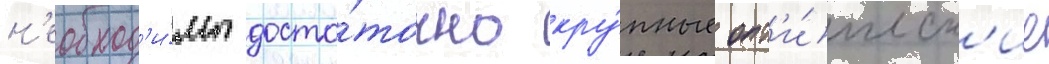
н'еобход'и́мы доста́точно кру́пные опт'и́ческ'ие